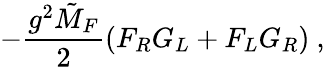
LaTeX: -\frac{g^{2}\tilde{M}_{F}}{2}(F_{R}G_{L}+F_{L}G_{R})\ ,